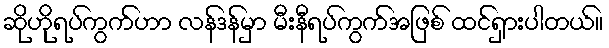
ဆိုဟိုရပ်ကွက်ဟာ လန်ဒန်မှာ မီးနီရပ်ကွက်အဖြစ် ထင်ရှားပါတယ်။